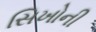
સિખોની